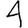
Digit: 4